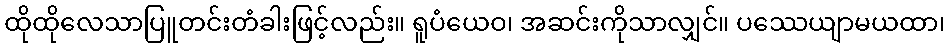
ထိုထိုလေသာပြူတင်းတံခါးဖြင့်လည်း။ ရူပံယေဝ၊ အဆင်းကိုသာလျှင်။ ပဿေယျာမယထာ၊